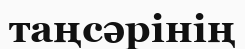
таңсәрінің